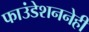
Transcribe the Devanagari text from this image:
फाउंडेशननेही